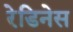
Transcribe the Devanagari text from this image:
रेडिनेस